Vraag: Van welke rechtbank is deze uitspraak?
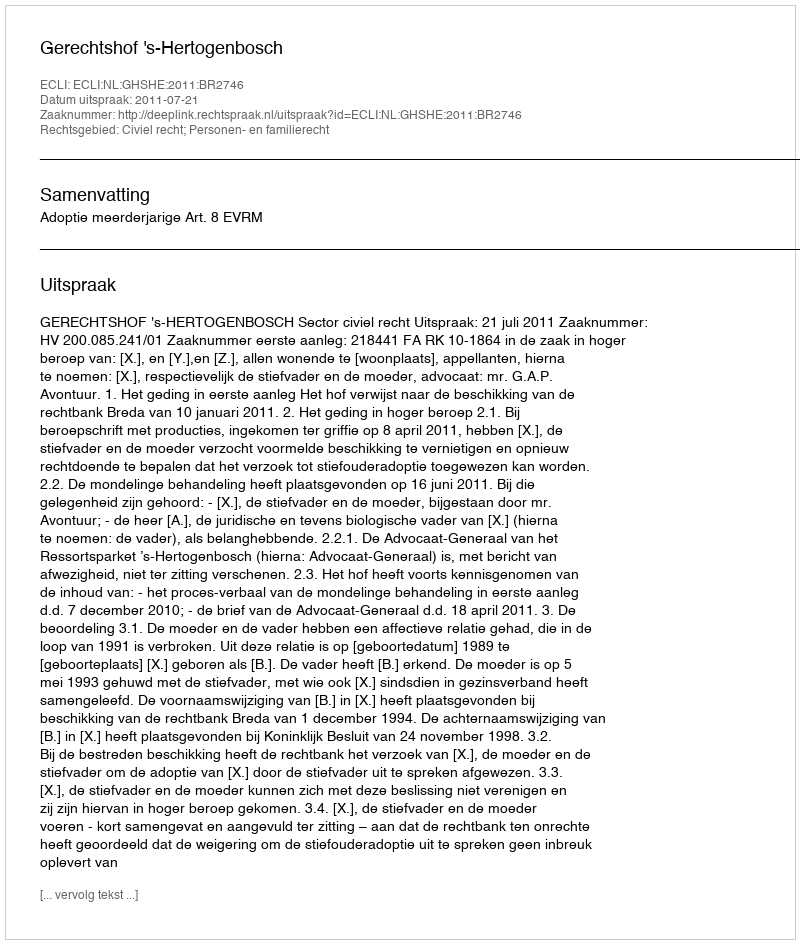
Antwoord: Gerechtshof 's-Hertogenbosch